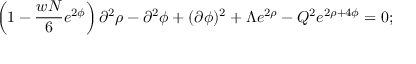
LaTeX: \left( 1 - \frac { w N } { 6 } e ^ { 2 \phi } \right) \partial ^ { 2 } \rho - \partial ^ { 2 } \phi + ( \partial \phi ) ^ { 2 } + \Lambda e ^ { 2 \rho } - Q ^ { 2 } e ^ { 2 \rho + 4 \phi } = 0 ;